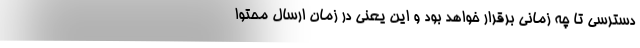
دسترسی تا چه زمانی برقرار خواهد بود و این یعنی در زمان ارسال محتوا